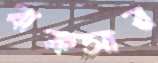
বাকসার